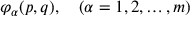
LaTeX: \varphi _ { \alpha } ( p , q ) , \quad ( \alpha = 1 , 2 , \dots , m )